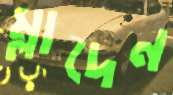
ম্লাদেন